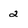
Character: 2